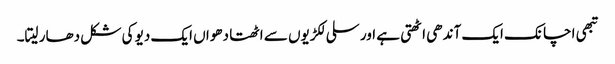
تبھی اچانک ایک آندھی اٹھتی ہے اور سلی لکڑیوں سے اٹھتا دھواں ایک دیو کی شکل دھار لیتا۔